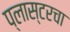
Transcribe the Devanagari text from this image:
प्लास्टरचा